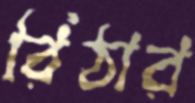
রিঠার